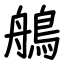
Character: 鵃